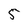
Character: 5